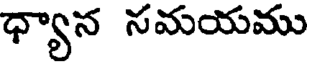
ధ్యాన నమయము